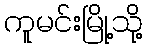
ကူမင်းမြို့သို့